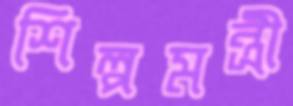
শিল্পমন্ত্রী